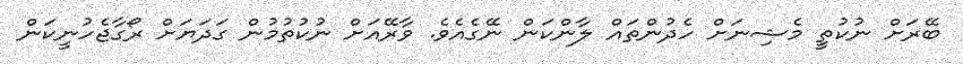
ބޭރަށް ނުކުތީ މެޝިނަށް ހެދުންތައް ލާންކަން ނޭގެއެވެ. ވާރޭއަށް ނުކުތުމުން ގަދަޔަށް ރޯގާޖެހުނީކަން